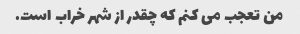
من تعجب می کنم که چقدر از شهر خراب است.